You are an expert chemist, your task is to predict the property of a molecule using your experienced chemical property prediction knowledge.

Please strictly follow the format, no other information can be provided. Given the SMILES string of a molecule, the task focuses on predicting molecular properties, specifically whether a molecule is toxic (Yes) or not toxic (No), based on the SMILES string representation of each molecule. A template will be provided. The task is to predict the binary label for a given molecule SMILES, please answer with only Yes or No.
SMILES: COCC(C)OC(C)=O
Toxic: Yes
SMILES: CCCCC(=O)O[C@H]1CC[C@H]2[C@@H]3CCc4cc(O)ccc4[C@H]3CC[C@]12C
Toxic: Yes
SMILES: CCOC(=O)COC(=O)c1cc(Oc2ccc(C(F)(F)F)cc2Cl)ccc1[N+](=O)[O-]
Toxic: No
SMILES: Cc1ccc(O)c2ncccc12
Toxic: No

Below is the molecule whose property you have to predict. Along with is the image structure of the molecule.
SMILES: O=C([O-])c1ccccc1O.O=C([O-])c1ccccc1O.[Zn+2]
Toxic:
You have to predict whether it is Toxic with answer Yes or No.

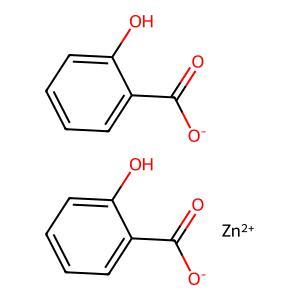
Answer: No